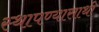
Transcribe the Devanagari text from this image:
स्थापण्यासाथी